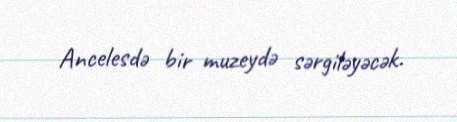
Ancelesdə bir muzeydə sərgiləyəcək.